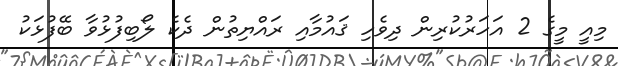
މިއީ މީގެ 2 އަހަރުކުރިން ދިވެހި ޤައުމާއި ރައްޔިތުން ދެކެ ލޯބިފުޅުވާ ބޭފުޅަކު